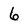
Character: 6